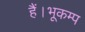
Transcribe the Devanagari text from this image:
हैं।भूकम्प